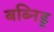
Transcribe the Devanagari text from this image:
बब्निड्